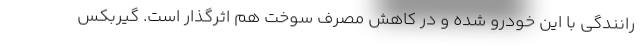
رانندگی با این خودرو شده و در کاهش مصرف سوخت هم اثرگذار است. گیربکس